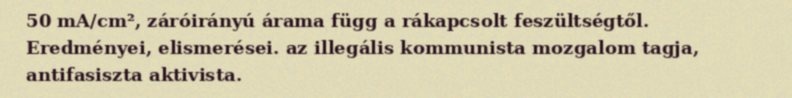
50 mA/cm², záróirányú árama függ a rákapcsolt feszültségtől. Eredményei, elismerései. az illegális kommunista mozgalom tagja, antifasiszta aktivista.